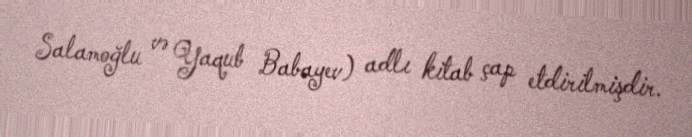
Salamoğlu və Yaqub Babayev) adlı kitab çap etdirilmişdir.